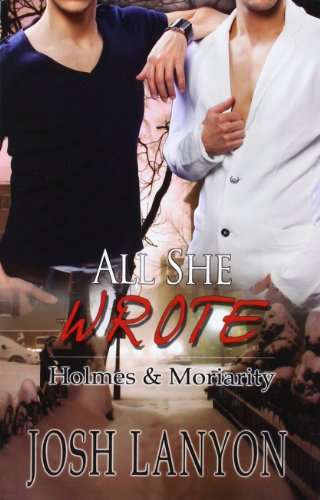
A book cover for All She Wrote (Holmes and Moriarity); Josh Lanyon; Romance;